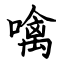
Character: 噙